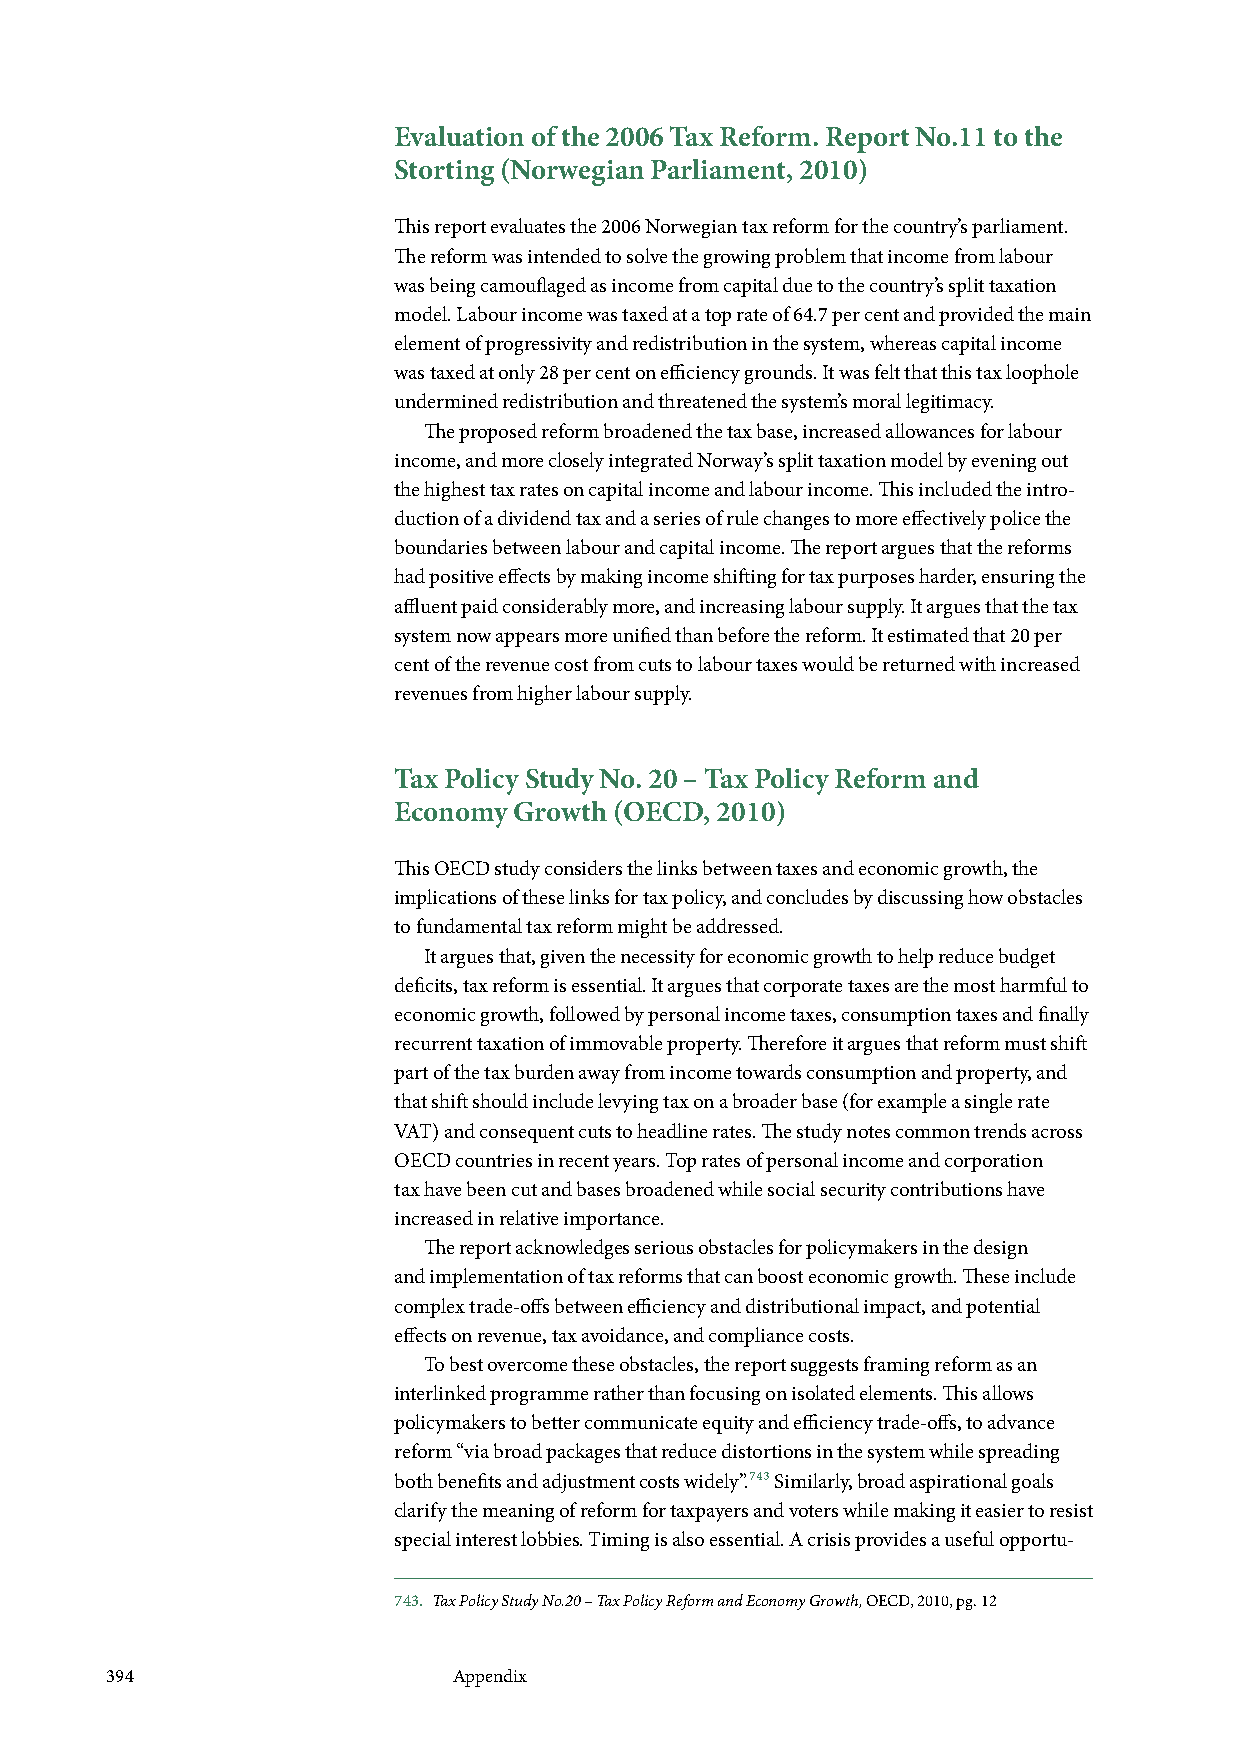
Evaluation of the 2006 Tax Reform. Report No.11 to the
 Storting (Norwegian Parliament, 2010)
 This report evaluates the 2006 Norwegian tax reform for the country’s parliament.
 The reform was intended to solve the growing problem that income from labour
 was being camouflaged as income from capital due to the country’s split taxation
 model. Labour income was taxed at a top rate of 64.7 per cent and provided the main
 element of progressivity and redistribution in the system, whereas capital income
 was taxed at only 28 per cent on efficiency grounds. It was felt that this tax loophole
 undermined redistribution and threatened the system’s moral legitimacy.
 The proposed reform broadened the tax base, increased allowances for labour
 income, and more closely integrated Norway’s split taxation model by evening out
 the highest tax rates on capital income and labour income. This included the intro-
 duction of a dividend tax and a series of rule changes to more effectively police the
 boundaries between labour and capital income. The report argues that the reforms
 had positive effects by making income shifting for tax purposes harder, ensuring the
 affluent paid considerably more, and increasing labour supply. It argues that the tax
 system now appears more unified than before the reform. It estimated that 20 per
 cent of the revenue cost from cuts to labour taxes would be returned with increased
 revenues from higher labour supply.
 Tax Policy Study No. 20 – Tax Policy Reform and
 Economy Growth (OECD, 2010)
 This OECD study considers the links between taxes and economic growth, the
 implications of these links for tax policy, and concludes by discussing how obstacles
 to fundamental tax reform might be addressed.
 It argues that, given the necessity for economic growth to help reduce budget
 deficits, tax reform is essential. It argues that corporate taxes are the most harmful to
 economic growth, followed by personal income taxes, consumption taxes and finally
 recurrent taxation of immovable property. Therefore it argues that reform must shift
 part of the tax burden away from income towards consumption and property, and
 that shift should include levying tax on a broader base (for example a single rate
 VAT) and consequent cuts to headline rates. The study notes common trends across
 OECD countries in recent years. Top rates of personal income and corporation
 tax have been cut and bases broadened while social security contributions have
 increased in relative importance.
 The report acknowledges serious obstacles for policymakers in the design
 and implementation of tax reforms that can boost economic growth. These include
 complex trade-offs between efficiency and distributional impact, and potential
 effects on revenue, tax avoidance, and compliance costs.
 To best overcome these obstacles, the report suggests framing reform as an
 interlinked programme rather than focusing on isolated elements. This allows
 policymakers to better communicate equity and efficiency trade-offs, to advance
 reform “via broad packages that reduce distortions in the system while spreading
 both benefits and adjustment costs widely”.743 Similarly, broad aspirational goals
 clarify the meaning of reform for taxpayers and voters while making it easier to resist
 special interest lobbies. Timing is also essential. A crisis provides a useful opportu-
 743. Tax Policy Study No.20 – Tax Policy Reform and Economy Growth, OECD, 2010, pg. 12
 394                    Appendix